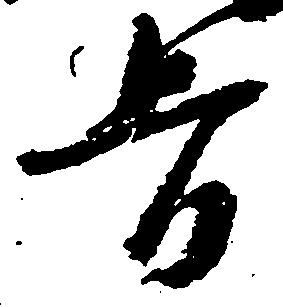
旨